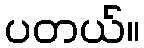
ပတယ်။